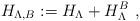
LaTeX: \begin{align*}H_{\Lambda,{B}} := H_{\Lambda} + H_{\Lambda}^{{B}} \ ,\end{align*}